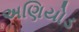
અણિયોડ